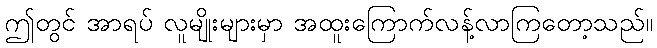
ဤတွင် အာရပ် လူမျိုးများမှာ အထူးကြောက်လန့်လာကြတော့သည်။